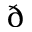
\eth